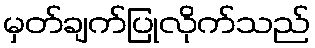
မှတ်ချက်ပြုလိုက်သည်